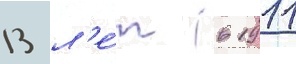
13 л'е́т (в 1911